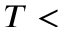
T <